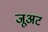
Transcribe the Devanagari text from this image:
जूअट